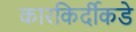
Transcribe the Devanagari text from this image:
कारकिर्दीकडे